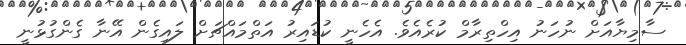
ސާމިޔާއަށް ނުހަނު އިހްތިރާމް ކުރެއެވެ. އެހެނީ ކުޑައިރު އަތްމައްޗަށް ލައިގެން އޭނާ ގެންގުޅުނީ